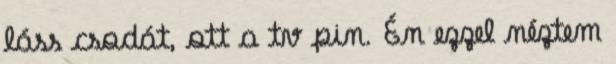
láss csodát, ott a tv pin. Én ezzel néztem